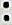
: